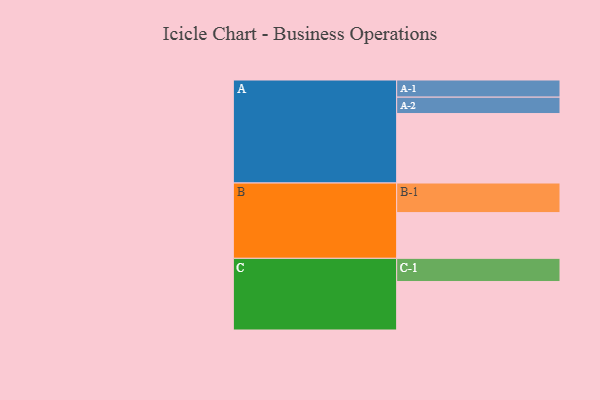
{"axis": {"x": "Segment", "y": "Value"}, "legend": ["", "A", "B", "C"], "data": [{"x": "A", "y": 474, "type": ""}, {"x": "B", "y": 312, "type": ""}, {"x": "C", "y": 331, "type": ""}, {"x": "A-1", "y": 117, "type": "A"}, {"x": "A-2", "y": 112, "type": "A"}, {"x": "B-1", "y": 202, "type": "B"}, {"x": "C-1", "y": 158, "type": "C"}]}